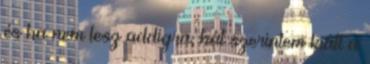
és ha nem lesz addigra, hát szerintem kiáll a